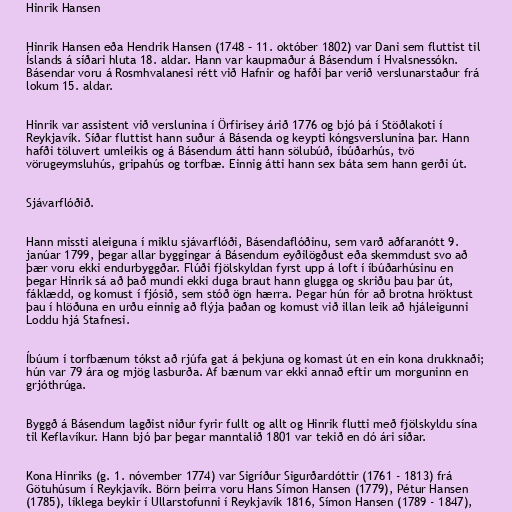
Hinrik Hansen

Hinrik Hansen eða Hendrik Hansen (1748 – 11. október 1802) var Dani sem fluttist til
Íslands á síðari hluta 18. aldar. Hann var kaupmaður á Básendum í Hvalsnessókn.
Básendar voru á Rosmhvalanesi rétt við Hafnir og hafði þar verið verslunarstaður frá
lokum 15. aldar.

Hinrik var assistent við verslunina í Örfirisey árið 1776 og bjó þá í Stöðlakoti í
Reykjavík. Síðar fluttist hann suður á Básenda og keypti kóngsverslunina þar. Hann
hafði töluvert umleikis og á Básendum átti hann sölubúð, íbúðarhús, tvö
vörugeymsluhús, gripahús og torfbæ. Einnig átti hann sex báta sem hann gerði út.

Sjávarflóðið.

Hann missti aleiguna í miklu sjávarflóði, Básendaflóðinu, sem varð aðfaranótt 9.
janúar 1799, þegar allar byggingar á Básendum eyðilögðust eða skemmdust svo að
þær voru ekki endurbyggðar. Flúði fjölskyldan fyrst upp á loft í íbúðarhúsinu en
þegar Hinrik sá að það mundi ekki duga braut hann glugga og skriðu þau þar út,
fáklædd, og komust í fjósið, sem stóð ögn hærra. Þegar hún fór að brotna hröktust
þau í hlöðuna en urðu einnig að flýja þaðan og komust við illan leik að hjáleigunni
Loddu hjá Stafnesi.

Íbúum í torfbænum tókst að rjúfa gat á þekjuna og komast út en ein kona drukknaði;
hún var 79 ára og mjög lasburða. Af bænum var ekki annað eftir um morguninn en
grjóthrúga.

Byggð á Básendum lagðist niður fyrir fullt og allt og Hinrik flutti með fjölskyldu sína
til Keflavíkur. Hann bjó þar þegar manntalið 1801 var tekið en dó ári síðar.

Kona Hinriks (g. 1. nóvember 1774) var Sigríður Sigurðardóttir (1761 - 1813) frá
Götuhúsum í Reykjavík. Börn þeirra voru Hans Símon Hansen (1779), Pétur Hansen
(1785), líklega beykir í Ullarstofunni í Reykjavík 1816, Símon Hansen (1789 - 1847),